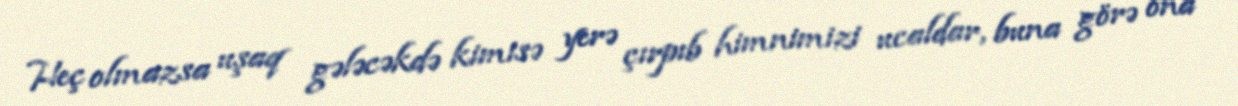
Heç olmazsa uşaq gələcəkdə kimisə yerə çırpıb himnimizi ucaldar, buna görə ona